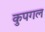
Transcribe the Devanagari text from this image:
कुपगल